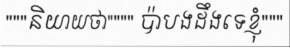
"""និយាយថា"""" ប៉ាបងដឹងទេខ្ញុំ"""